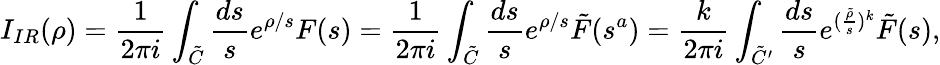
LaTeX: I_{IR}(\rho)=\frac{1}{2\pi i}\int_{\tilde{C}}\frac{ds}{s}e^{\rho/s}F(s)=\frac{1}{2\pi i}\int_{\tilde{C}}\frac{ds}{s}e^{\rho/s}\tilde{F}(s^{a})=\frac{k}{2\pi i}\int_{\tilde{C}^{\prime}}\frac{ds}{s}e^{(\frac{\tilde{\rho}}{s})^{k}}\tilde{F}(s),